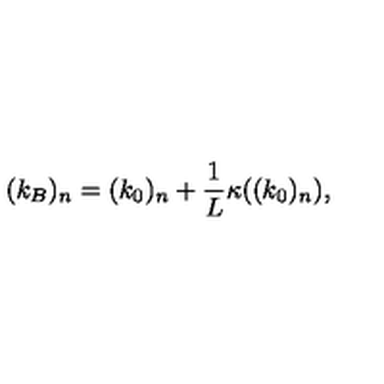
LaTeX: ( k _ { B } ) _ { n } = ( k _ { 0 } ) _ { n } + \frac { 1 } { L } \kappa ( ( k _ { 0 } ) _ { n } ) ,